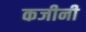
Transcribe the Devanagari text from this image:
कजीनी